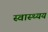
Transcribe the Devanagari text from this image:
स्वास्थ्यय